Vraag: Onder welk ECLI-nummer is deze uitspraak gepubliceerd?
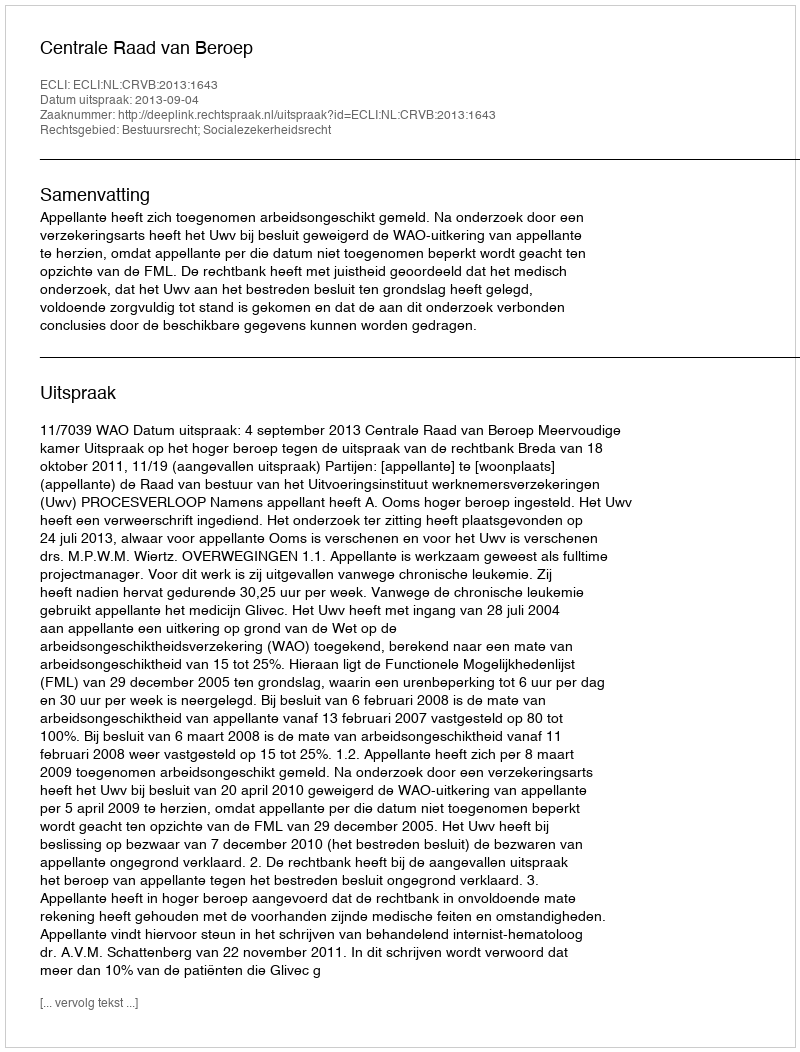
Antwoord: ECLI:NL:CRVB:2013:1643